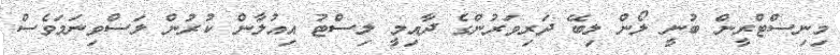
މިނިސްޓްރީން ބުނީ ލޯން ލިބޭ ދަރިވަރުންގެ ދާއިމީ ލިސްޓު އިއުލާން ކުރުން ލަސްވިނަމަވެސް